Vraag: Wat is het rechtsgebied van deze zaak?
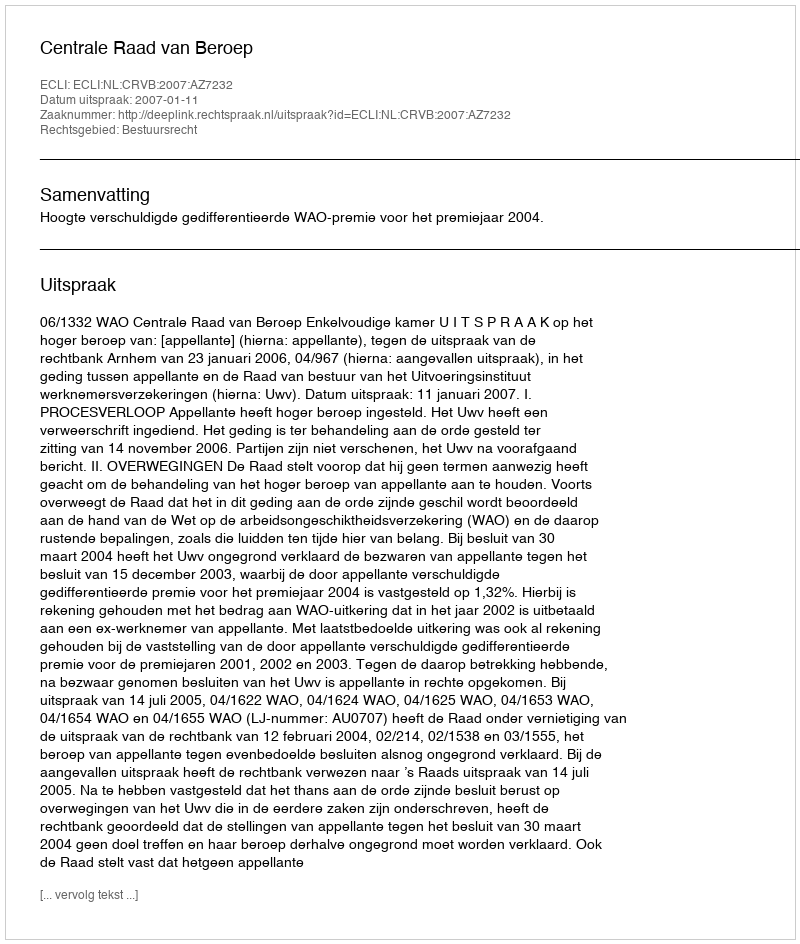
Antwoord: Bestuursrecht